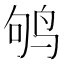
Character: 鸲